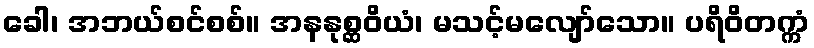
ခေါ၊ အဘယ်စင်စစ်။ အနနုစ္ဆဝိယံ၊ မသင့်မလျော်သော။ ပရိဝိတက္ကံ